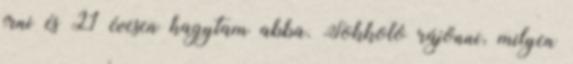
írni és 21 évesen hagytam abba. Sokkoló rájönni, milyen